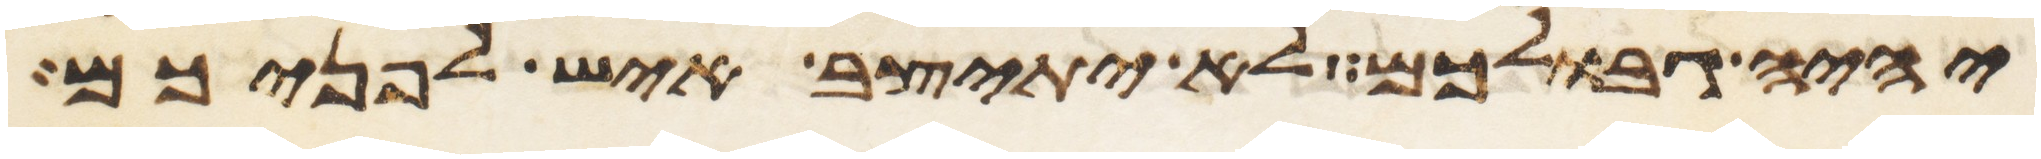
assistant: יהיה גבולכם לא יתיצב איש לפניכם